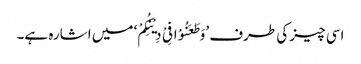
اسی چیز کی طرف ’وَطَعَنُوْا فِیْ دِیْنِکُمْ‘ میں اشارہ ہے۔